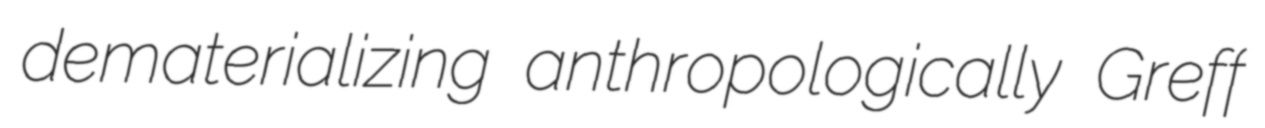
dematerializing anthropologically Greff